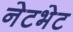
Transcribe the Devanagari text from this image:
नेटभेट